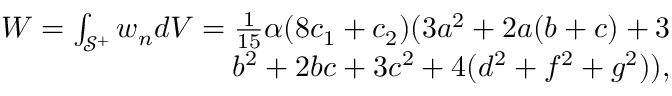
\begin{array} { r } { W = \int _ { \mathcal S ^ { + } } w _ { n } d V = \frac { 1 } { 1 5 } \alpha ( 8 { c _ { 1 } } + { c _ { 2 } } ) ( 3 a ^ { 2 } + 2 a ( b + c ) + 3 } \\ { b ^ { 2 } + 2 b c + 3 c ^ { 2 } + 4 ( d ^ { 2 } + f ^ { 2 } + g ^ { 2 } ) ) , } \end{array}